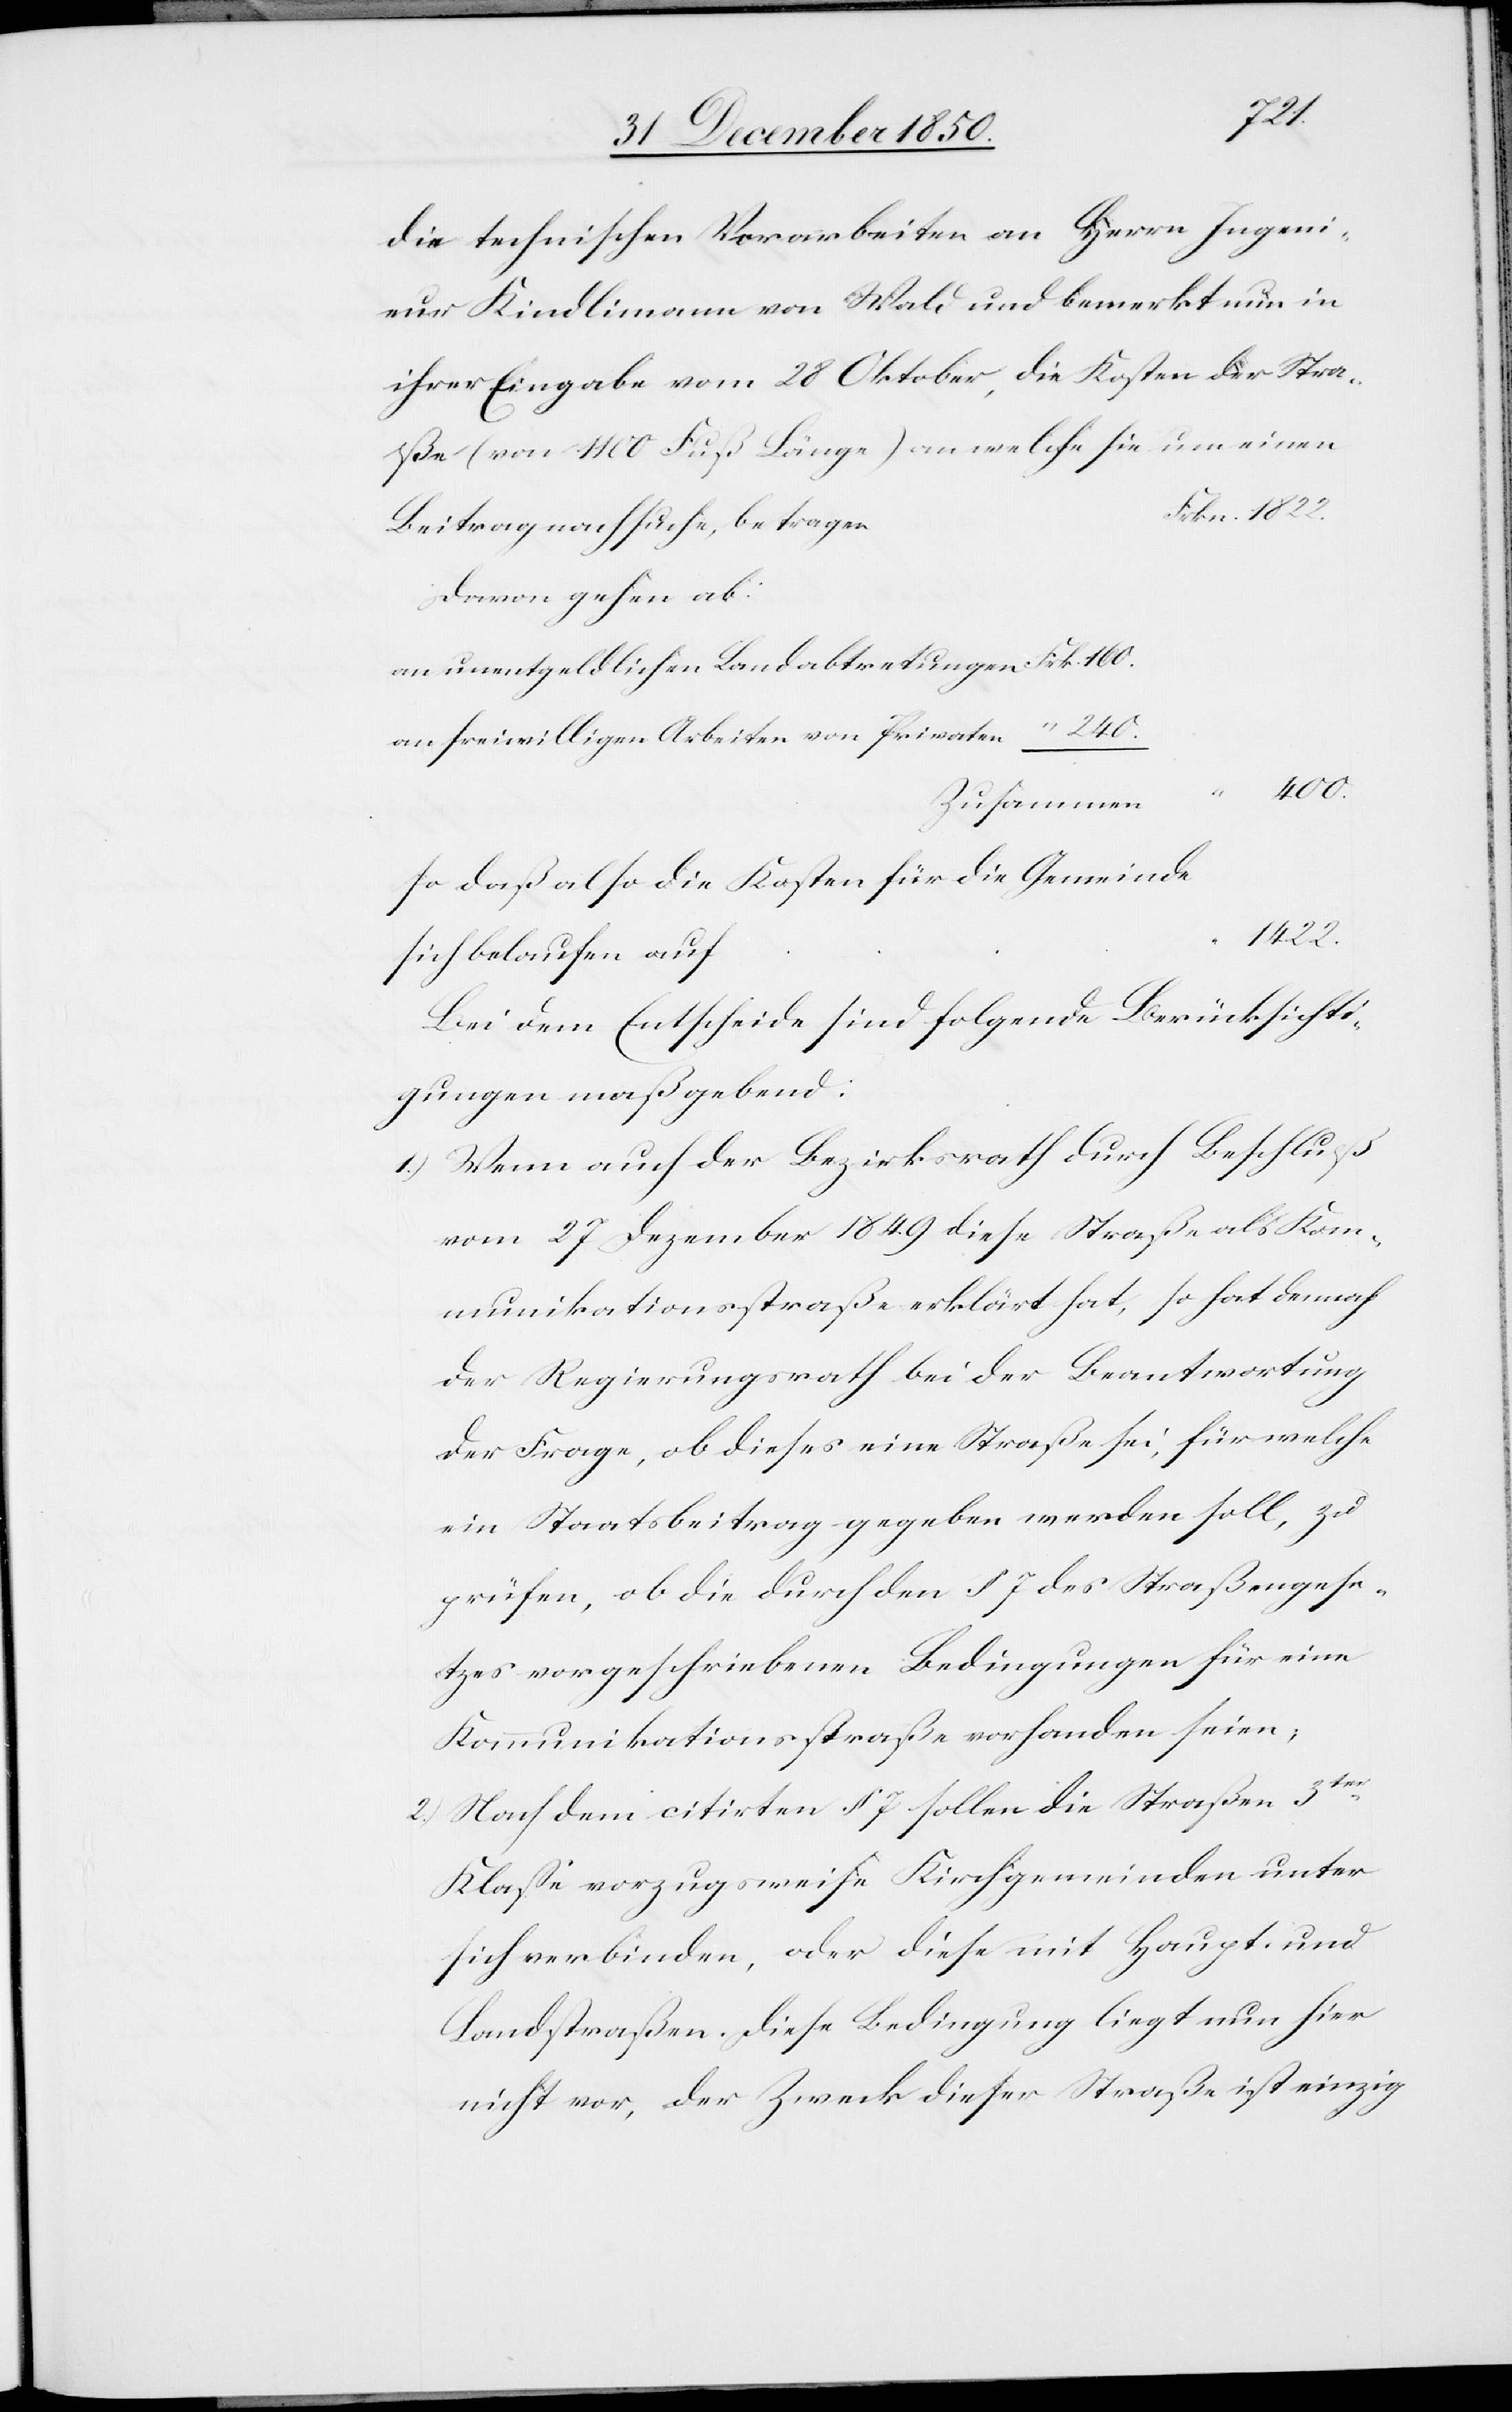
Beitrag
die technischen Vorarbeiten an Herrn Ingeni¬
eur Kindlimann von Wald und bemerkt nun in
ihrer Eingabe vom 28 Oktober, die Kosten der Stra¬
ße (von 1100 Fuß Länge) an welche sie um einen
Davon gehen ab:
an unentgeldlichen Landabtretungen	Frk. 160.
an freiwilligen Arbeiten von Privaten	“ 240.
400.
so daß also die Kosten für die Gemeinde
1422.
sich belaufen auf		“
Bei dem Entscheide sind folgende Berücksichti¬
gungen maßgebend:
1.) Wenn auch der Bezirksrath durch Beschluß
vom 27 Dezember 1849 diese Straße als Kom¬
munikationsstraße erklärt hat, so hat dennoch
der Regierungsrath bei der Beantwortung
der Frage, ob dieses eine Straße sei, für welche
ein Staatsbeitrag gegeben werden soll, zu
prüfen, ob die durch den § 7 des Straßengese¬
tzes vorgeschriebenen Bedingungen für eine
Kommunikationsstraße vorhanden seien;
2.) Nach dem citirten § 7 sollen die Straßen 3ter
Klasse vorzugsweise Kirchgemeinden unter
sich verbinden, oder diese mit Haupt- und
Landstraßen. Diese Bedingung liegt nun hier
nicht vor, der Zweck dieser Straße ist einzig